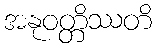
အနုဝတ္တိဿတိ